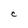
Character: C